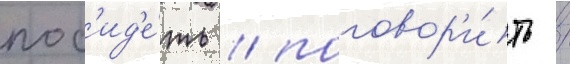
пос'ид'е́ть / поговор'и́ть /